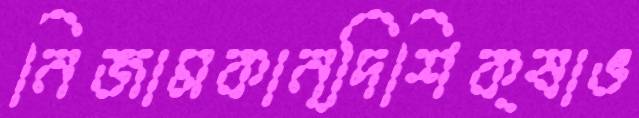
নিজামকান্দিশিক্ষাভ